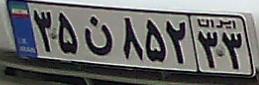
۳۵ن۸۵۲۳۳